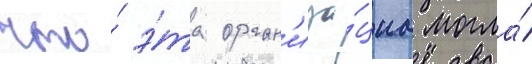
что́ э́та орган'иза́циа могла́